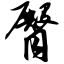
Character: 臀